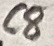
Text: C8